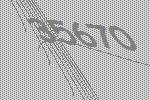
35670